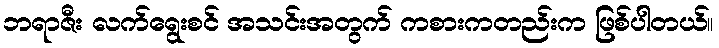
ဘရာဇီး လက်ရွေးစင် အသင်းအတွက် ကစားကတည်းက ဖြစ်ပါတယ်။